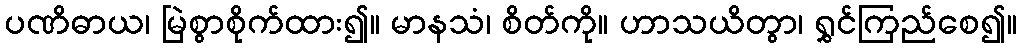
ပဏိဓာယ၊ မြဲစွာစိုက်ထား၍။ မာနသံ၊ စိတ်ကို။ ဟာသယိတွာ၊ ရွှင်ကြည်စေ၍။